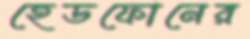
হেডফোনের